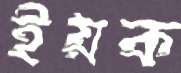
ইয়ক